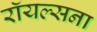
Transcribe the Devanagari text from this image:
रॉयल्सना